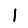
Digit: 1